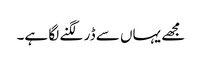
مجھے یہاں سے ڈر لگنے لگا ہے۔